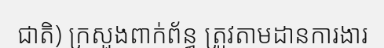
ជាតិ) ក្រសួងពាក់ព័ន្ធ ត្រូវតាមដានការងារ